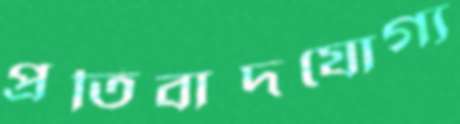
প্রতিবাদযোগ্য